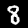
Digit: 8